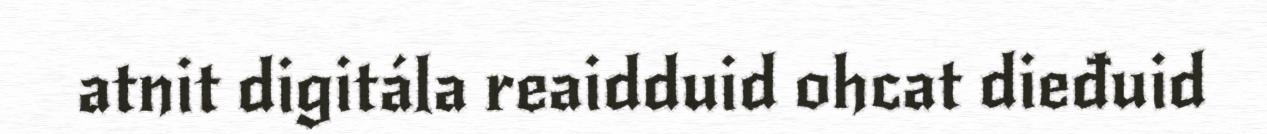
atnit digitála reaidduid ohcat dieđuid